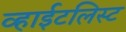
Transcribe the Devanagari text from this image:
व्हाईटलिस्ट